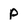
Character: p